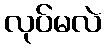
လုပ်မလဲ